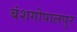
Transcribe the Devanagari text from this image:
बंशगोपालपुर